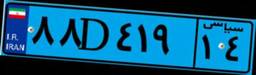
۸۸D۴۱۹۱۴